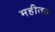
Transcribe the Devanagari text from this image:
महीतया